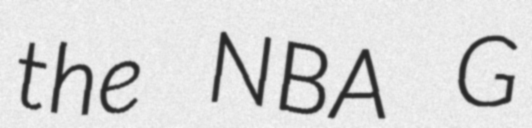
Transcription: the NBA G